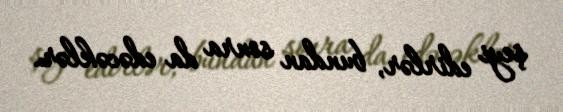
şeyi edirlər, bundan sonra da edəcəklər.